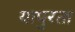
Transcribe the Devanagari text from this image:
यापुरता